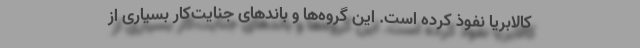
کالابریا نفوذ کرده است. این گروه‌ها و باندهای جنایت‌کار بسیاری از